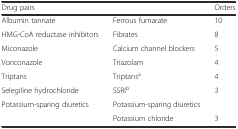
| Drug pairs |  | Orders |
 | --- | --- | --- |
 | Albumin tannate | Ferrous fumarate | 10 |
 | HMG-CoA reductase inhibitors | Fibrates | 8 |
 | Miconazole | Calcium channel blockers | 5 |
 | Voriconazole | Triazolam | 4 |
 | Triptans | Triptansa | 4 |
 | Selegiline hydrochloride | SSRIb | 3 |
 | Potassium-sparing diuretics | Potassium-sparing diuretics |  |
 |  | Potassium chloride | 3 |